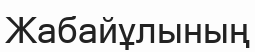
Жабайұлының